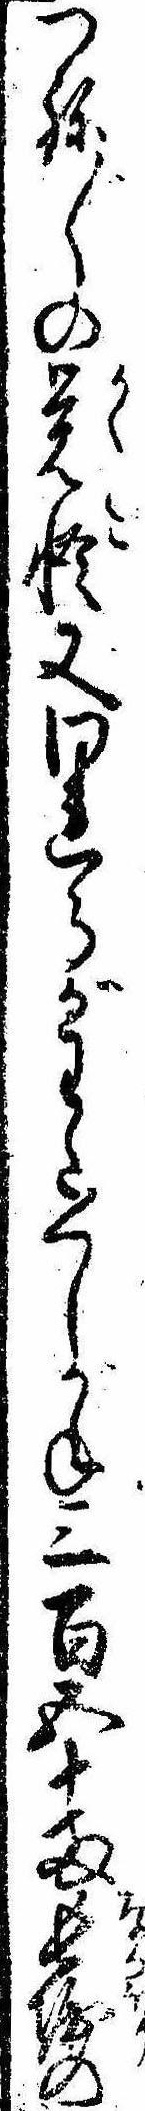
つね〲の覚悟又われらがわたくしがね三百五十両長堀の